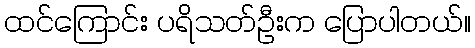
ထင်ကြောင်း ပရိသတ်ဦးက ပြောပါတယ်။